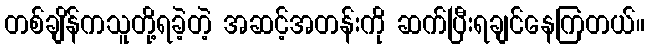
တစ်ချိန်ကသူတို့ရခဲ့တဲ့ အဆင့်အတန်းကို ဆက်ပြီးရချင်နေကြတယ်။